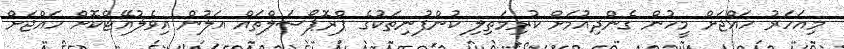
މިއަހަރު ހައްޖަށް މީހުން ގެންދިއުމަށް ކުރިމަތިލި ކުންފުނިތަކުގެ ޕްރޮޕޯސަލްތައް އަލުން އިވެލުއޭޓްކޮށް ހައްޖަށް